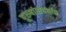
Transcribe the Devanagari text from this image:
पुरुषांसंदर्भात